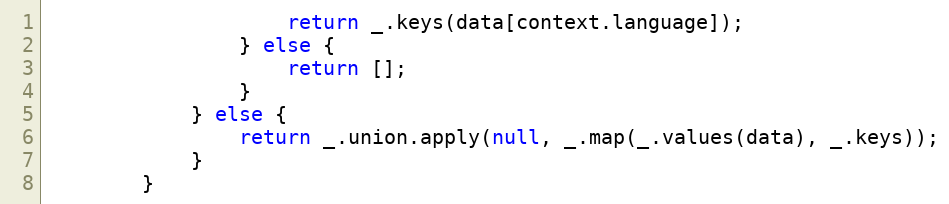
Language: JavaScript
                    return _.keys(data[context.language]);
                } else {
                    return [];
                }
            } else {
                return _.union.apply(null, _.map(_.values(data), _.keys));
            }
        }